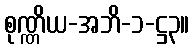
စုဏ္ဏိယ-အဘိ-၁-ဋ္ဌ၃။